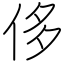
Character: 侈